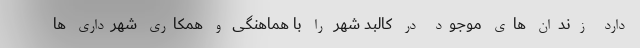
دارد زندان های موجود در کالبد شهر را با هماهنگی و همکاری شهرداری ها